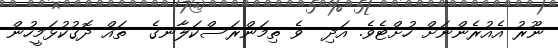
ނޫރު އެއުރެންނަށް ހުށްޓެވެ. އަދި  ވެ ތިމަންރަސްކަލާނގެ  ތައް ދޮގުކުޅަމީހުން